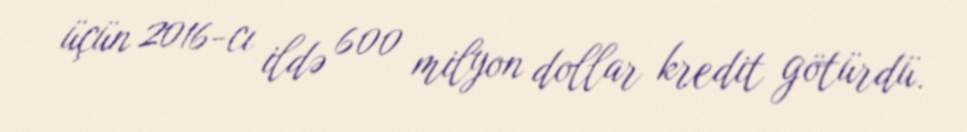
üçün 2016-cı ildə 600 milyon dollar kredit götürdü.